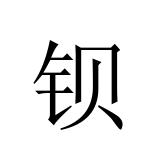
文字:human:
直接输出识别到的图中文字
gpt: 钡